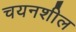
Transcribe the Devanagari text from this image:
चयनशील